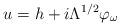
LaTeX: \begin{align*} u = h + i \Lambda^{1/2}\varphi_\omega \end{align*}